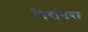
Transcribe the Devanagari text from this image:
गिरगिरा